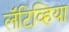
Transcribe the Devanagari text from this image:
लॅटिव्हिया